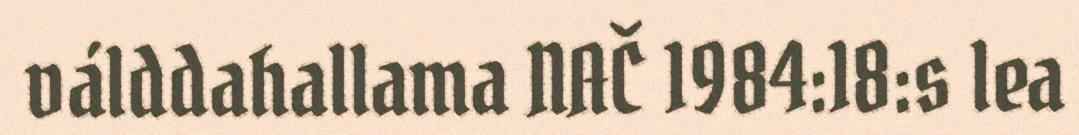
válddahallama NAČ 1984:18:s lea